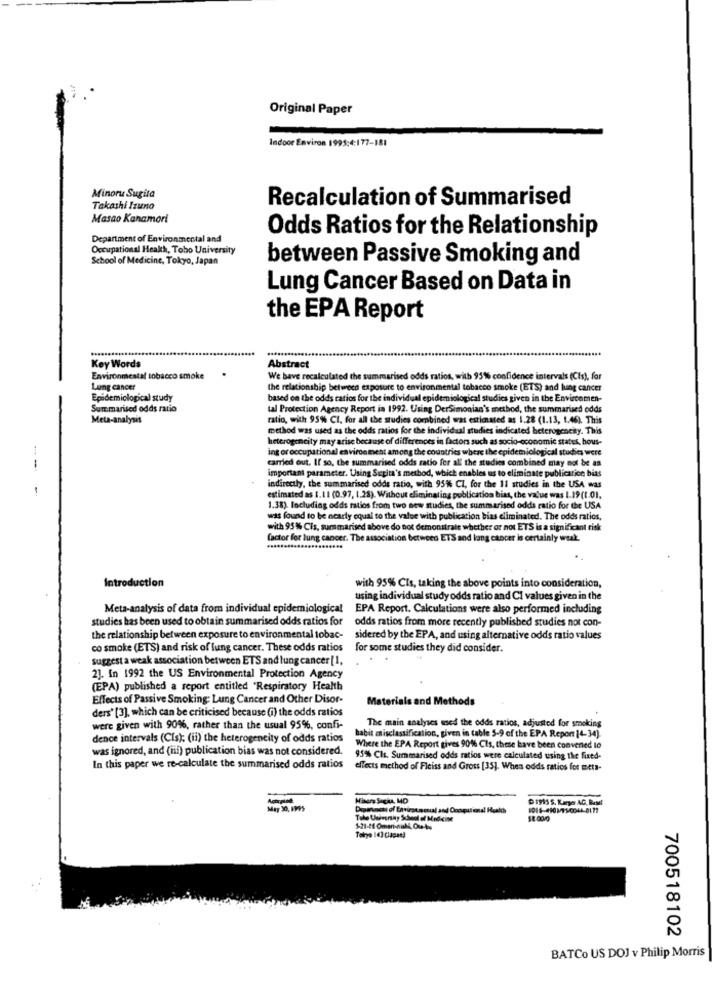
Original Paper
Indoor Environ 1995:4:177-181
Minoru Sugita
Recalculation of Summarised
Takashi Izuno
Masao Kanamori
Odds Ratios for the Relationship
Department of Environmental and
Occupational Health, Tobo University
School of Medicine, Tokyo, Japan
between Passive Smoking and
Lung Cancer Based on Data in
the EPA Report
.............
Key Words
Abstract
Environmental tobacco smoke
We have recalculated the summarised odds ratios, with 95% confidence intervals (Cts), for
Lung cancer
the relationship between exposure to environmental tobacco smoke (ETS) and lung cancer
Epidemiological study
based on the odds ratios for the individual epidemiological studies given in the Envircemen-
Sum marised odds ratio
tal Protection Agency Report in 1992. Using DerSimonian's method, the summarised odds
Meta-analysis
ratio, with 95% CI, for all the studies combined was estimated as 1.28 (1.13, 1.46). This
method was used as the odds ratios for the individual studies indicated heterogencky. This
heterogencity may arise because of differences in factors such as socio-economic status, hous-
ing or occupational environment among the countries where the epidemiological studies were
carried out. If so, the summarised odds ratio for all the studies combined may not be as
--
important parameter. Using Sugita's method, which enables us to eliminate publication bias
indirectly, the summarised odds ratio, with 95% Cl, for the 11 studies in the USA was
estimated as 1.11 (0.97, 1.28). Without eliminating publication bias, the value was 1.19 (1.01.
1.38). Including odds ratios from two new studies, the summarised odds ratio for the USA
was found to be nearly equal to the value with publication bias eliminated. The odds ratios,
with 95% Cis, summarised above do not demonstrate whether or not ETS is a significant risk
factor for lung cancer. The association between ETS and lang cancer is certainly weak.
Introduction
with 95% CIs, taking the above points into consideration,
using individual study odds ratio and CI values given in the
Meta-analysis of data from individual epidemiological
EPA Report. Calculations were also performed including
studies has been used to obtain summarised odds ratios for
odds ratios from more recently published studies not con-
the relationship between exposure to environmental tobac-
sidered by the EPA, and using alternative odds ratio values
co smoke (ETS) and risk of lung cancer. These odds ratios
for some studies they did consider.
suggest a weak association between ETS and lung cancer [ 1,
23. In 1992 the US Environmental Protection Agency
(EPA) published a report entitled "Respiratory Health
Effects of Passive Smoking: Lung Cancer and Other Disor-
Materials and Methods
ders' [3], which can be criticised because (i) the odds ratios
were given with 90%, rather than the usual 95%, confi-
The main analyses used the odds ratios, adjusted for smoking
dence intervals (Cis); (ii) the heterogeneity of odds ratios
habit anisclassification, given in table 5-9 of the EPA Report 14-34).
was ignored, and (iii) publication bias was not considered.
Where the EPA Report gives 90% Cis, these have been convened lo
95% Cis. Summarised odds ratios were calculated using the fixed-
In this paper we re-calculate the summarised odds ratios
effects method of Fleiss and Gross [35]. When odds ratios for meta-
1995 5. Kange AG, Basel
May 30, 1995
Drammen of Envirouncial and Computional Health
Tokyo 143 (lagae)
700518102
BATCo US DOJ v Philip Morris